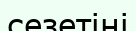
сезетіні